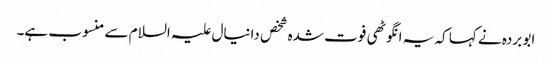
ابو بردہ نے کہا کہ یہ انگوٹھی فوت شدہ شخص دانیال علیہ السلام سے منسوب ہے۔